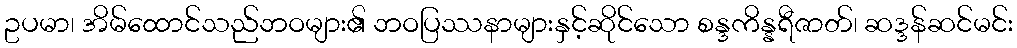
ဥပမာ၊ အိမ်ထောင်သည်ဘဝများ၏ ဘဝပြဿနာများနှင့်ဆိုင်သော စန္ဒကိန္နရီဇာတ်၊ ဆဒ္ဒန်ဆင်မင်း